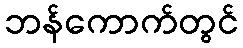
ဘန်ကောက်တွင်